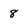
Character: 8